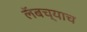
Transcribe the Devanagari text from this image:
लॅबच्याच